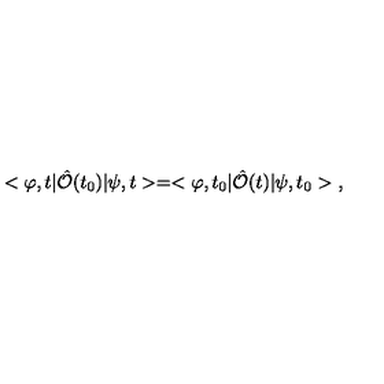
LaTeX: < \varphi , t | \hat { \cal O } ( t _ { 0 } ) | \psi , t > = < \varphi , t _ { 0 } | \hat { \cal O } ( t ) | \psi , t _ { 0 } > \ ,